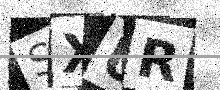
Text: SXUR